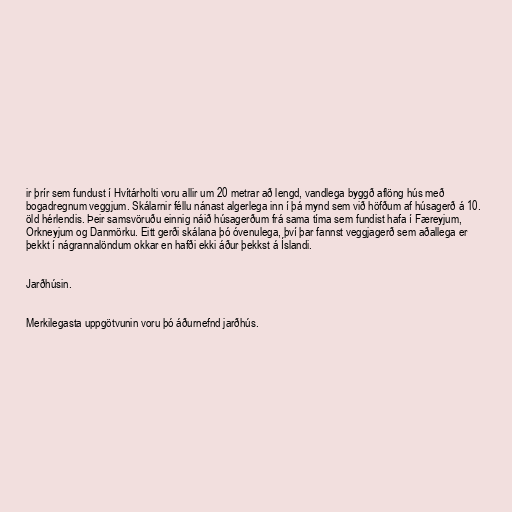
ir þrír sem fundust í Hvítárholti voru allir um 20 metrar að lengd, vandlega byggð aflöng hús með
bogadregnum veggjum. Skálarnir féllu nánast algerlega inn í þá mynd sem við höfðum af húsagerð á 10.
öld hérlendis. Þeir samsvöruðu einnig náið húsagerðum frá sama tíma sem fundist hafa í Færeyjum,
Orkneyjum og Danmörku. Eitt gerði skálana þó óvenulega, því þar fannst veggjagerð sem aðallega er
þekkt í nágrannalöndum okkar en hafði ekki áður þekkst á Íslandi.

Jarðhúsin.

Merkilegasta uppgötvunin voru þó áðurnefnd jarðhús.